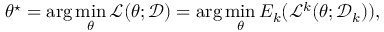
\theta ^ { \star } = \arg \operatorname* { m i n } _ { \theta } \mathcal { L } ( \theta ; \mathcal { D } ) = \arg \operatorname* { m i n } _ { \theta } E _ { k } ( \mathcal { L } ^ { k } ( \theta ; \mathcal { D } _ { k } ) ) ,